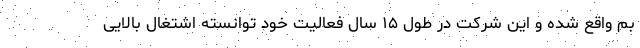
بم واقع شده و این شرکت در طول ۱۵ سال فعالیت خود توانسته اشتغال بالایی